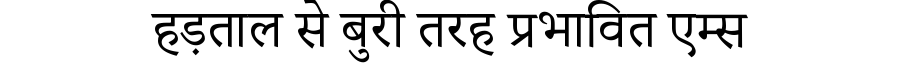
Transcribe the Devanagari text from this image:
हड़ताल से बुरी तरह प्रभावित एम्स